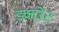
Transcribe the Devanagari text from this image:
डक्टरेट